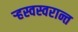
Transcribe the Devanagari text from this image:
ऱ्हस्वस्वरान्त